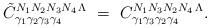
LaTeX: \begin{align*}\tilde C^{N_1 N_{2} N_{3} N_4\,\Lambda}_{\gamma_1\gamma_{2}\gamma_{3} \gamma_4}\ = \ C^{N_1 N_{3} N_{2} N_4\,\Lambda}_{\gamma_1\gamma_{3}\gamma_{2} \gamma_4}.\end{align*}